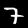
Digit: 7